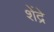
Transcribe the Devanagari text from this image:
शेंद्रे